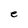
Character: e